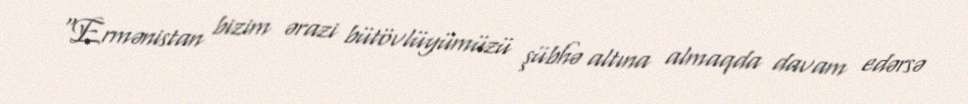
“Ermənistan bizim ərazi bütövlüyümüzü şübhə altına almaqda davam edərsə